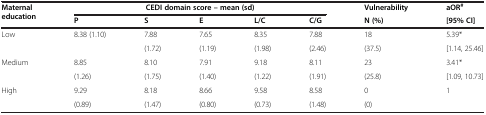
<table><thead><tr><td><b>Maternal education</b></td><td colspan="4"><b>CEDI domain score – mean (sd)</b></td><td><b> </b></td><td><b>Vulnerability</b></td><td><b>aOR<sup>#</sup></b></td></tr><tr><td><b> </b></td><td><b>P</b></td><td><b>S</b></td><td><b>E</b></td><td><b>L/C</b></td><td><b>C/G</b></td><td><b>N (%)</b></td><td><b>[95% CI]</b></td></tr></thead><tbody><tr><td rowspan="2">Low</td><td rowspan="2">8.38 (1.10)</td><td>7.88</td><td>7.65</td><td>8.35</td><td>7.88</td><td>18</td><td>5.39*</td></tr><tr><td>(1.72)</td><td>(1.19)</td><td>(1.98)</td><td>(2.46)</td><td>(37.5)</td><td>[1.14, 25.46]</td></tr><tr><td rowspan="2">Medium</td><td>8.85</td><td>8.10</td><td>7.91</td><td>9.18</td><td>8.11</td><td>23</td><td>3.41*</td></tr><tr><td>(1.26)</td><td>(1.75)</td><td>(1.40)</td><td>(1.22)</td><td>(1.91)</td><td>(25.8)</td><td>[1.09, 10.73]</td></tr><tr><td>High</td><td>9.29</td><td>8.18</td><td>8.66</td><td>9.58</td><td>8.58</td><td>0</td><td>1</td></tr><tr><td> </td><td>(0.89)</td><td>(1.47)</td><td>(0.80)</td><td>(0.73)</td><td>(1.48)</td><td>(0)</td><td> </td></tr></tbody></table>